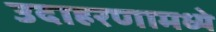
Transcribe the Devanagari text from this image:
उदाहरणामध्ये